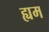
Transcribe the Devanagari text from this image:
ह्यम